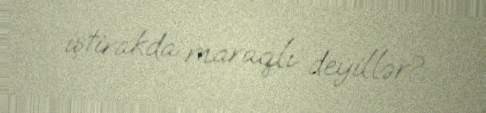
iştirakda maraqlı deyillər?.